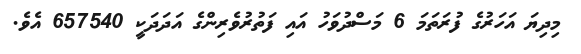
މިދިޔަ އަހަރުގެ ފުރަތަމަ 6 މަސްދުވަހު އައި ފަތުރުވެރިންގެ އަދަދަކީ 657540 އެވެ.